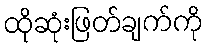
ထိုဆုံးဖြတ်ချက်ကို